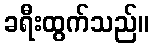
ခရီးထွက်သည်။